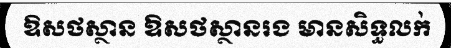
ឱសថស្ថាន ឱសថស្ថានរង មានសិទ្ធលក់